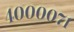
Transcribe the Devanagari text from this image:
४००००७१